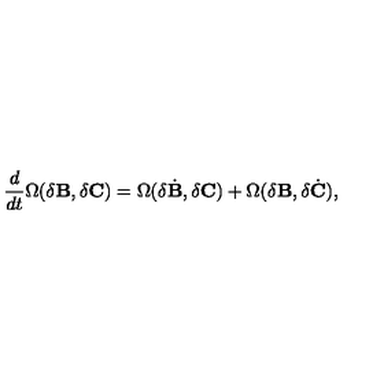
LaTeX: { \frac { d } { d t } } \Omega ( \delta { \bf B } , \delta { \bf C } ) = \Omega ( \delta { \dot { { \bf B } } } , \delta { \bf C } ) + \Omega ( \delta { \bf B } , \delta { \dot { { \bf C } } } ) ,